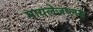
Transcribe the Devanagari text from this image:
मायलेजप्लस